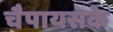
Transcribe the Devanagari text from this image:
चैपायसके